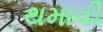
થમાવી